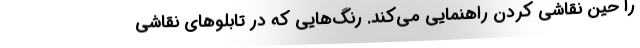
را حین نقاشی کردن راهنمایی می‌کند. رنگ‌هایی که در تابلوهای نقاشی